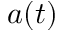
a ( t )